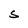
Character: S